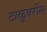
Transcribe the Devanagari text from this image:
टाळूवरील